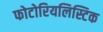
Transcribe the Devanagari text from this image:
फोटोरियलिस्टिक